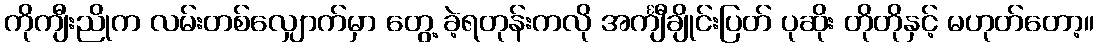
ကိုကျီးညိုက လမ်းတစ်လျှောက်မှာ တွေ့ ခဲ့ရတုန်းကလို အင်္ကျီချိုင်းပြတ် ပုဆိုး တိုတိုနှင့် မဟုတ်တော့။